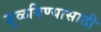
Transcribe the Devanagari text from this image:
जुळविण्यासाठी